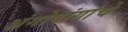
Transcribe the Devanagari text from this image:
अंगोपांगांचे